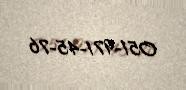
051-971-45-76